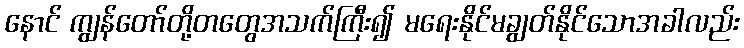
နောင် ကျွန်တော်တို့တတွေအသက်ကြီး၍ မရေးနိုင်မချွတ်နိုင်သောအခါလည်း